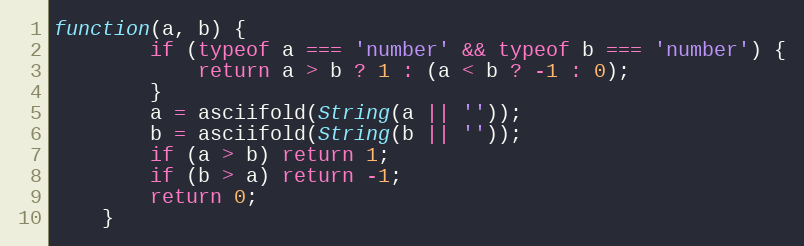
Language: JavaScript
function(a, b) {
		if (typeof a === 'number' && typeof b === 'number') {
			return a > b ? 1 : (a < b ? -1 : 0);
		}
		a = asciifold(String(a || ''));
		b = asciifold(String(b || ''));
		if (a > b) return 1;
		if (b > a) return -1;
		return 0;
	}